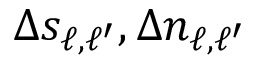
\Delta s _ { \ell , \ell ^ { \prime } } , \Delta n _ { \ell , \ell ^ { \prime } }